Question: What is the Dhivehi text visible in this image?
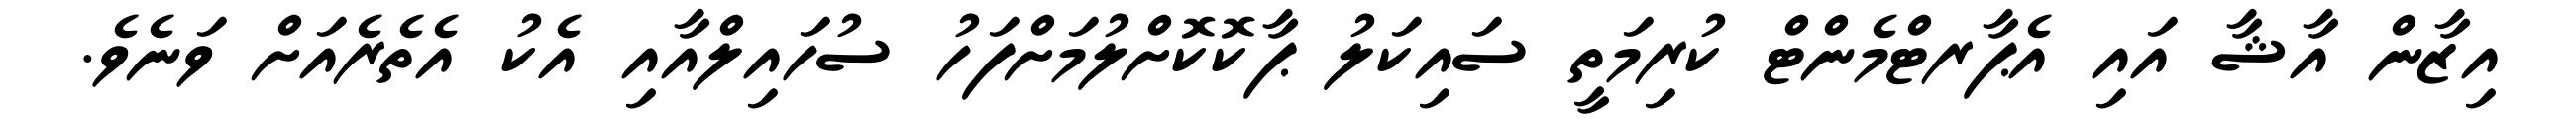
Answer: އިޒާން އާޝާ އައި އެޕާރޓްމެންޓް ކުރިމަތީ ސައިކަލު ޕާކޮކޮށްލުމަށްފަހު ސުހައިލްއާއި އެކު އެތެރެއަށް ވަނެވެ.